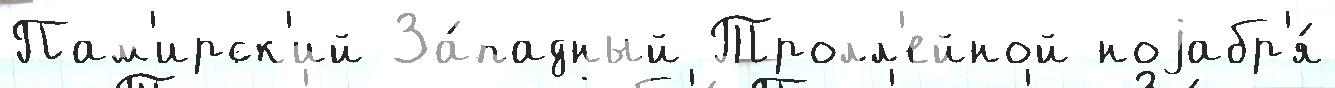
Пам'ирск'ий За́падный Тролл'ейной ноjабр'я́